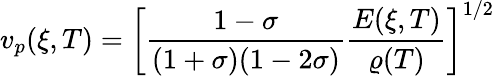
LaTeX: v_{p}(\xi,T)=\bigg[\frac{1-\sigma}{(1+\sigma)(1-2\sigma)}\frac{E(\xi,T)}{\varrho(T)}\bigg]^{1/2}